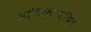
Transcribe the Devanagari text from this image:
अर्चिष्मानर्चितः